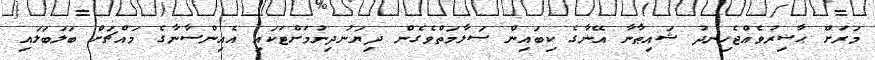
މަރަށް ޙާޟިރުވެއްޖެހިނދު ޝައިޠާނާ އޭނާގެ ކިބައިން ސަލާމަތްވެގެން ދިޔަނުދިނުމަށްޓަކައި އެއިންސާނާގެ މައްޗަށް ބަލަބަލައި